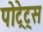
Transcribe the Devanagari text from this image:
पोट्रेट्स